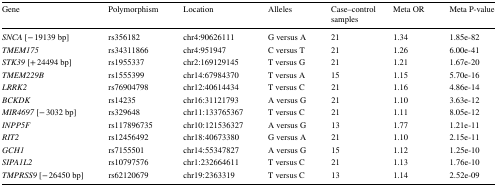
<table><thead><tr><td><b>Gene</b></td><td><b>Polymorphism</b></td><td><b>Location</b></td><td><b>Alleles</b></td><td><b>Case–control samples</b></td><td><b>Meta OR</b></td><td><b>Meta P-value</b></td></tr></thead><tbody><tr><td><i>SNCA</i> [− 19139 bp]</td><td>rs356182</td><td>chr4:90626111</td><td>G versus A</td><td>21</td><td>1.34</td><td>1.85e-82</td></tr><tr><td><i>TMEM175</i></td><td>rs34311866</td><td>chr4:951947</td><td>C versus T</td><td>21</td><td>1.26</td><td>6.00e-41</td></tr><tr><td><i>STK39</i> [+ 24494 bp]</td><td>rs1955337</td><td>chr2:169129145</td><td>T versus G</td><td>21</td><td>1.21</td><td>1.67e-20</td></tr><tr><td><i>TMEM229B</i></td><td>rs1555399</td><td>chr14:67984370</td><td>T versus A</td><td>15</td><td>1.15</td><td>5.70e-16</td></tr><tr><td><i>LRRK2</i></td><td>rs76904798</td><td>chr12:40614434</td><td>T versus C</td><td>21</td><td>1.16</td><td>4.86e-14</td></tr><tr><td><i>BCKDK</i></td><td>rs14235</td><td>chr16:31121793</td><td>A versus G</td><td>21</td><td>1.10</td><td>3.63e-12</td></tr><tr><td><i>MIR4697</i> [− 3032 bp]</td><td>rs329648</td><td>chr11:133765367</td><td>T versus C</td><td>21</td><td>1.11</td><td>8.05e-12</td></tr><tr><td><i>INPP5F</i></td><td>rs117896735</td><td>chr10:121536327</td><td>A versus G</td><td>13</td><td>1.77</td><td>1.21e-11</td></tr><tr><td><i>RIT2</i></td><td>rs12456492</td><td>chr18:40673380</td><td>G versus A</td><td>21</td><td>1.10</td><td>2.15e-11</td></tr><tr><td><i>GCH1</i></td><td>rs7155501</td><td>chr14:55347827</td><td>A versus G</td><td>15</td><td>1.12</td><td>1.25e-10</td></tr><tr><td><i>SIPA1L2</i></td><td>rs10797576</td><td>chr1:232664611</td><td>T versus C</td><td>21</td><td>1.13</td><td>1.76e-10</td></tr><tr><td><i>TMPRSS9</i> [− 26450 bp]</td><td>rs62120679</td><td>chr19:2363319</td><td>T versus C</td><td>13</td><td>1.14</td><td>2.52e-09</td></tr></tbody></table>